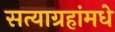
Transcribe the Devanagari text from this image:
सत्याग्रहांमधे